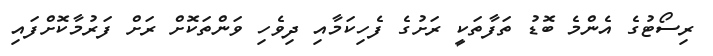
ރިސޯޓުގެ އެންމެ ބޮޑު ތަފާތަކީ ރަށުގެ ފެހިކަމާއި ދިވެހި ވަންތަކޮށް ރަށް ފަރުމާކޮށްފައި